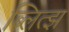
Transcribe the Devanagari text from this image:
ब्लित्झ